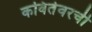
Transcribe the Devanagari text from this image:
कवितेवरची